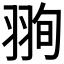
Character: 𦐥